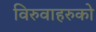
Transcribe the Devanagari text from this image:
विरुवाहरुको